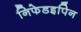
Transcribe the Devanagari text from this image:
निफेडइपिन